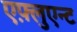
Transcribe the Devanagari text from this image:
एफ़्लुएन्ट